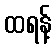
ထရန့်